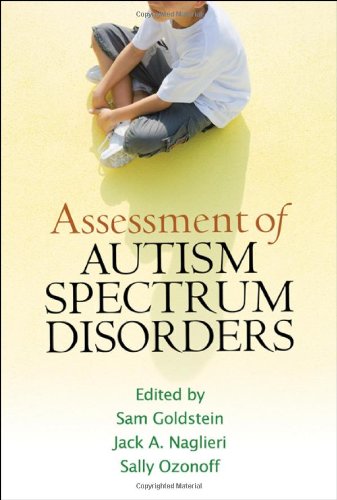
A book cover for Assessment of Autism Spectrum Disorders; Medical Books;